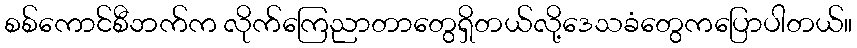
စစ်ကောင်စီဘက်က လိုက်ကြေညာတာတွေရှိတယ်လို့ဒေသခံတွေကပြောပါတယ်။